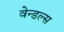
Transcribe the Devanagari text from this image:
वेन्डल्स